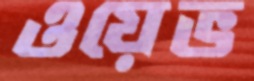
ওয়েভ